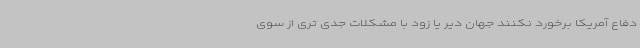
دفاع آمریکا برخورد نکنند جهان دیر یا زود با مشکلات جدی تری از سوی